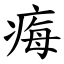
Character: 痗